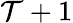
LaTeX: \mathcal{T}+1